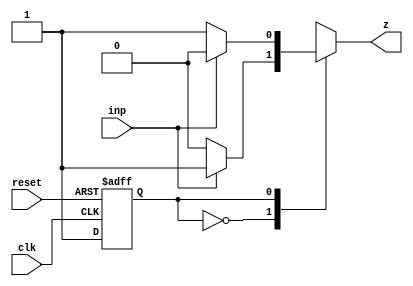
module moore_machine(inp, clk, reset, z);
  input inp,clk,reset;
  output reg z;
  
  parameter A=1, B=0;
  
  reg PS, NS;
  
  always @(posedge clk or posedge reset)
    if(reset) PS <= B;
    else  PS <= A;
  
  always @(PS,inp)
    case(PS)
      B : begin
        z = inp ? 1 : 0;
        NS = inp ? B : A;
      end
      
      A : begin
        z = inp ? 0 : 1;
        NS = inp ? A : B;
      end
    endcase
endmodule